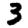
Digit: 3